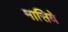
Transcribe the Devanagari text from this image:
मासिये